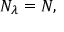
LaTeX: N _ { \lambda } = N ,